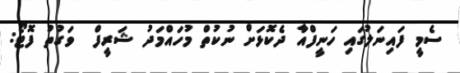
ސެމީ ފައިނަލުގައި ހަނީފްއާ ދެކޮޅަށް ނުކުތް މުހައްމަދު ޝަރީފް  ވަގުތު ފޮޓޯ: